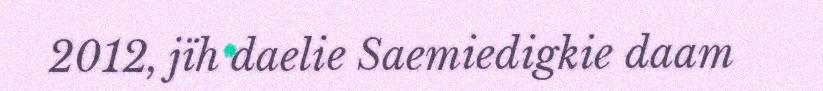
2012, jïh daelie Saemiedigkie daam